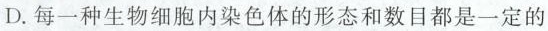
D.每一种生物细胞内染色体的形态和数目都是一定的